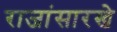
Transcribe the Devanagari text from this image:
राजांसारखे